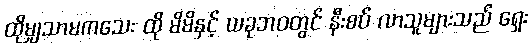
ထိုမျှသာမကသေး ထို မိမိနှင့် ယခုဘဝတွင် နီးစပ် လာသူများသည် ရှေး